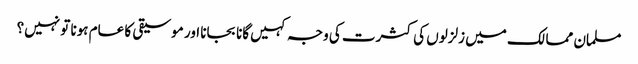
مسلمان ممالک میں زلزلوں کی کثرت کی وجہ کہیں گانا بجانا اور موسیقی کا عام ہونا تو نہیں؟